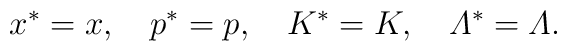
x^*=x,\quad p^*=p,\quad K^*=K,\quad {\mit\Lambda}^*={\mit\Lambda}.